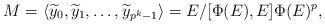
LaTeX: \begin{align*} M = \langle \widetilde{y}_0, \widetilde{y}_1, \ldots , \widetilde{y}_{p^k-1} \rangle = E/[\Phi(E),E]\Phi(E)^p, \end{align*}